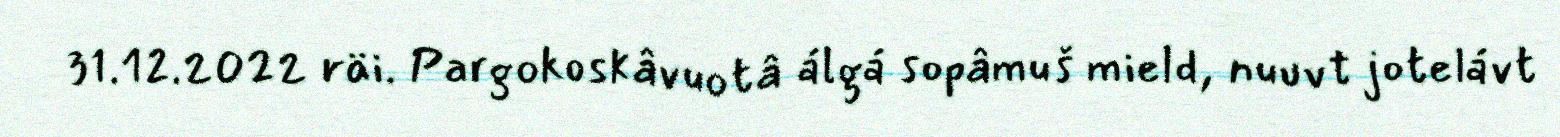
31.12.2022 räi. Pargokoskâvuotâ álgá sopâmuš mield, nuuvt jotelávt